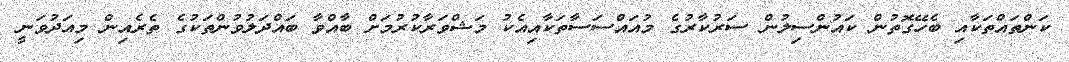
ކަންތައްތަކާއި ބެހޭގޮތުން ކައުންސިލުން ސަރުކާރުގެ މުއައްސަސާތަކާއިއެކު މަޝްވަރާކުރުމަށް ބާއްވާ ބައްދަލުވުންތަކުގެ ތެރެއިން މިއަދުވަނީ